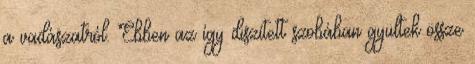
a vadászatról. Ebben az így diszített szobában gyültek össze